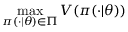
\operatorname* { m a x } _ { \pi ( \cdot | \theta ) \in \Pi } V ( \pi ( \cdot | \theta ) )